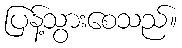
ပြန့်သွားစေသည်။